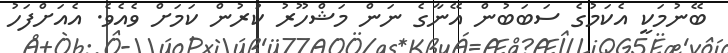
ބޭނުމަކީ އެކަމުގެ ސަބަބުން އޭނާގެ ނަން މަޝްހޫރު ކުރުން ކަމަށް ވެއެވެ. އެއަށްފަހު